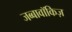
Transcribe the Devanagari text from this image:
जब्बावॉकिज़